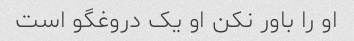
او را باور نکن او یک دروغگو است